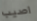
اصيب